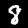
Label: 8